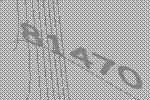
81470